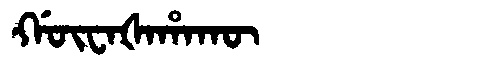
Manchu: ᡤᡡᠸᠠᡧᠠᡥᠠᡴᡡ
Romanization: GŪWAŠAHAKŪ